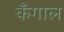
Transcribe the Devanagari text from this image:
कँगाल